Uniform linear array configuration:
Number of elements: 4
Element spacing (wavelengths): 0.5
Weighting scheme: kaiser
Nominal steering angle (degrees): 0
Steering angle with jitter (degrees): -0.6892
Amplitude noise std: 0.05
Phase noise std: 0.05

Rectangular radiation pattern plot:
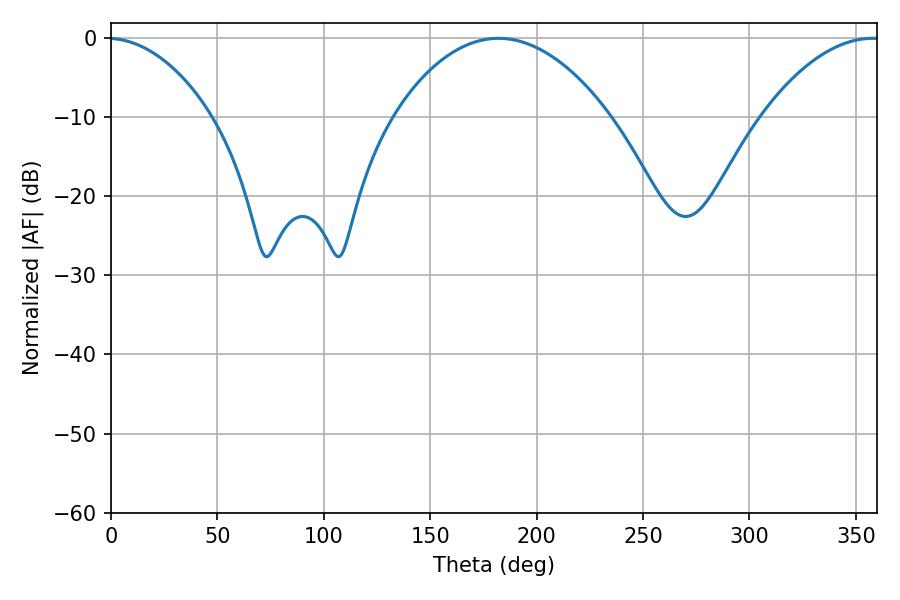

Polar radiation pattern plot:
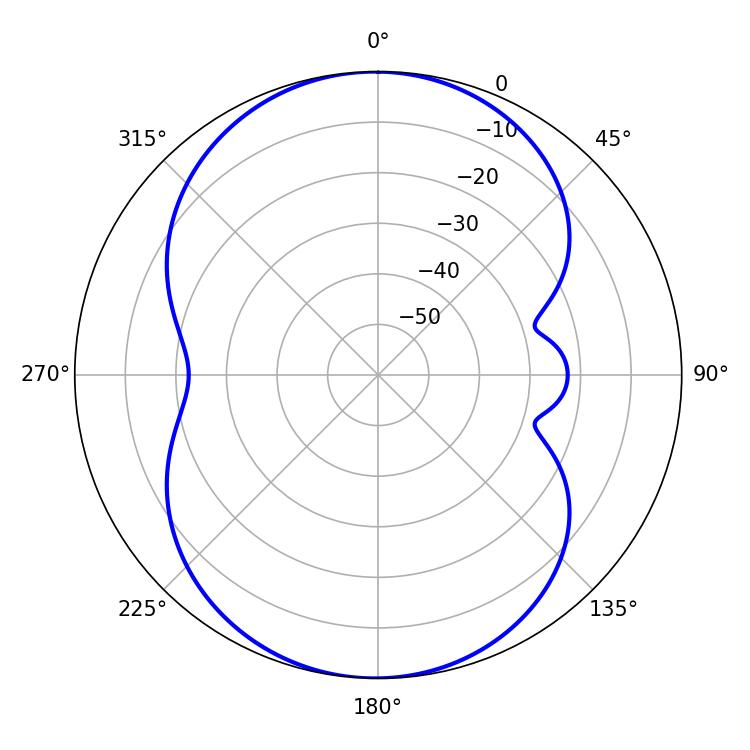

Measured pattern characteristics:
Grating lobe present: FALSE
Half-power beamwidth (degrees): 56.52
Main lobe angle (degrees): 182.16